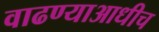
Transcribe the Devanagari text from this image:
वाढण्याआधीच